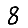
Digit: 8